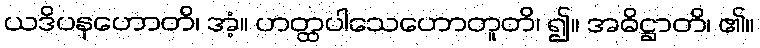
ယဒိပနဟောတိ၊ အံ့။ ဟတ္ထပါသေဟောတူတိ၊ ၍။ အဓိဋ္ဌာတိ၊ ၏။